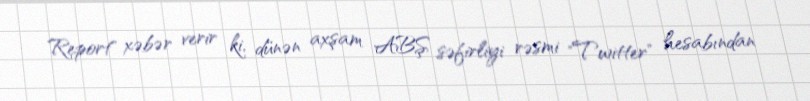
Report" xəbər verir ki, dünən axşam ABŞ səfirliyi rəsmi "Twitter" hesabından